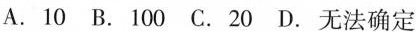
A.10 B.100 C.20 D.无法确定